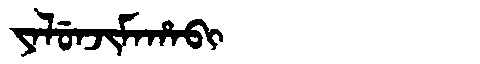
Manchu: ᠶᠠᠯᡠᠨᠵᡳᠮᠠᡥᠠᠪᡳ
Romanization: YALUNJIMAHABI